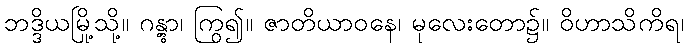
ဘဒ္ဒိယမြို့သို့။ ဂန္တွာ၊ ကြွ၍။ ဇာတိယာဝနေ၊ မုလေးတော၌။ ဝိဟာသိကိရ၊